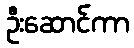
ဦးဆောင်ကာ